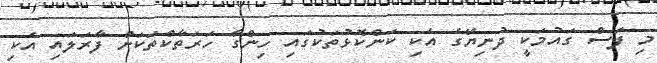
މި ފަސް ގައުމަކީ ދުނިޔޭގެ އެކި ކަންކޮޅުތަކުގައި ހިންގާ ހަރަތާކްތަކަށް ފާރަލައި އެކި